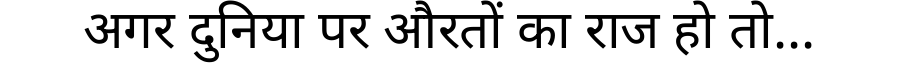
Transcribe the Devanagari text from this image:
अगर दुनिया पर औरतों का राज हो तो...